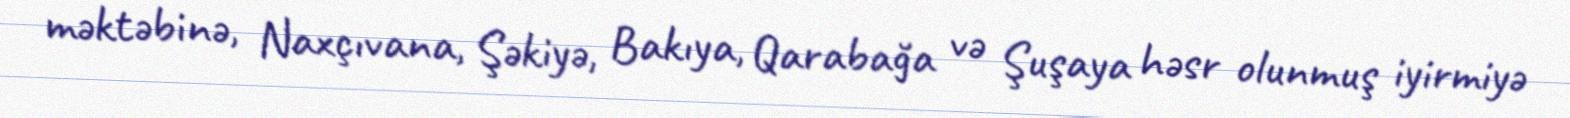
məktəbinə, Naxçıvana, Şəkiyə, Bakıya, Qarabağa və Şuşaya həsr olunmuş iyirmiyə